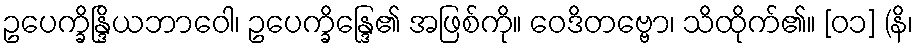
ဥပေက္ခိန္ဒြိယဘာဝေါ၊ ဥပေက္ခိန္ဒြေ၏ အဖြစ်ကို။ ဝေဒိတဗ္ဗော၊ သိထိုက်၏။ [၀၁] (နိ၊